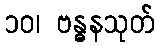
၁၀၊ ဗန္ဓနသုတ်